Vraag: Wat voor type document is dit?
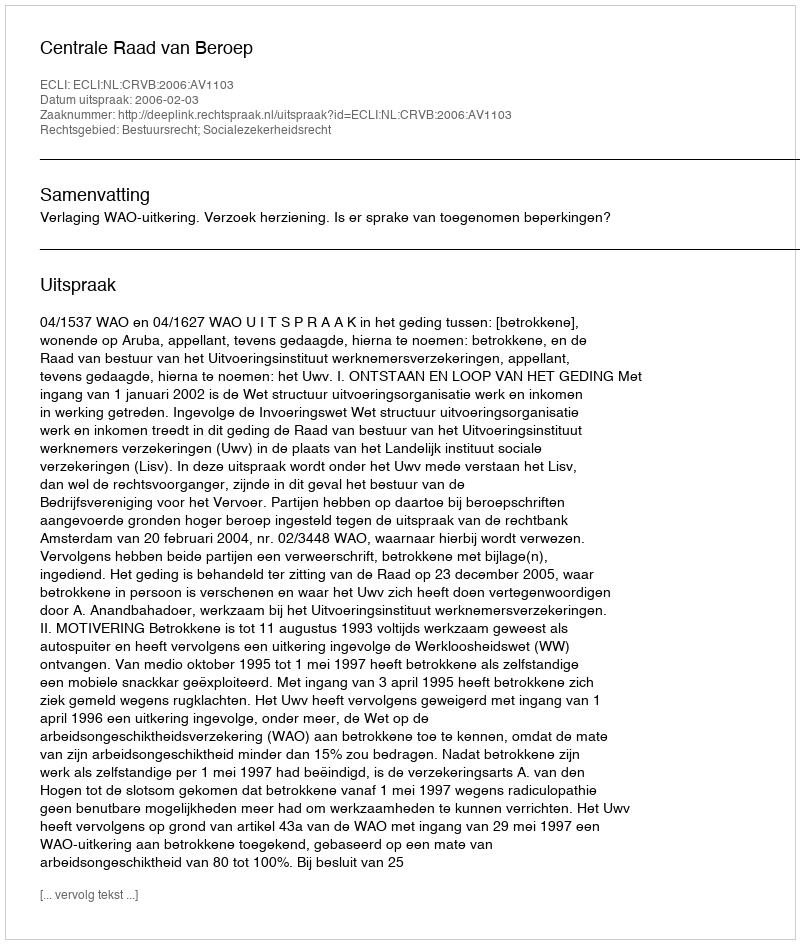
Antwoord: Uitspraak